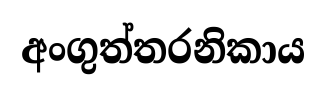
අංගුත්තරනිකාය